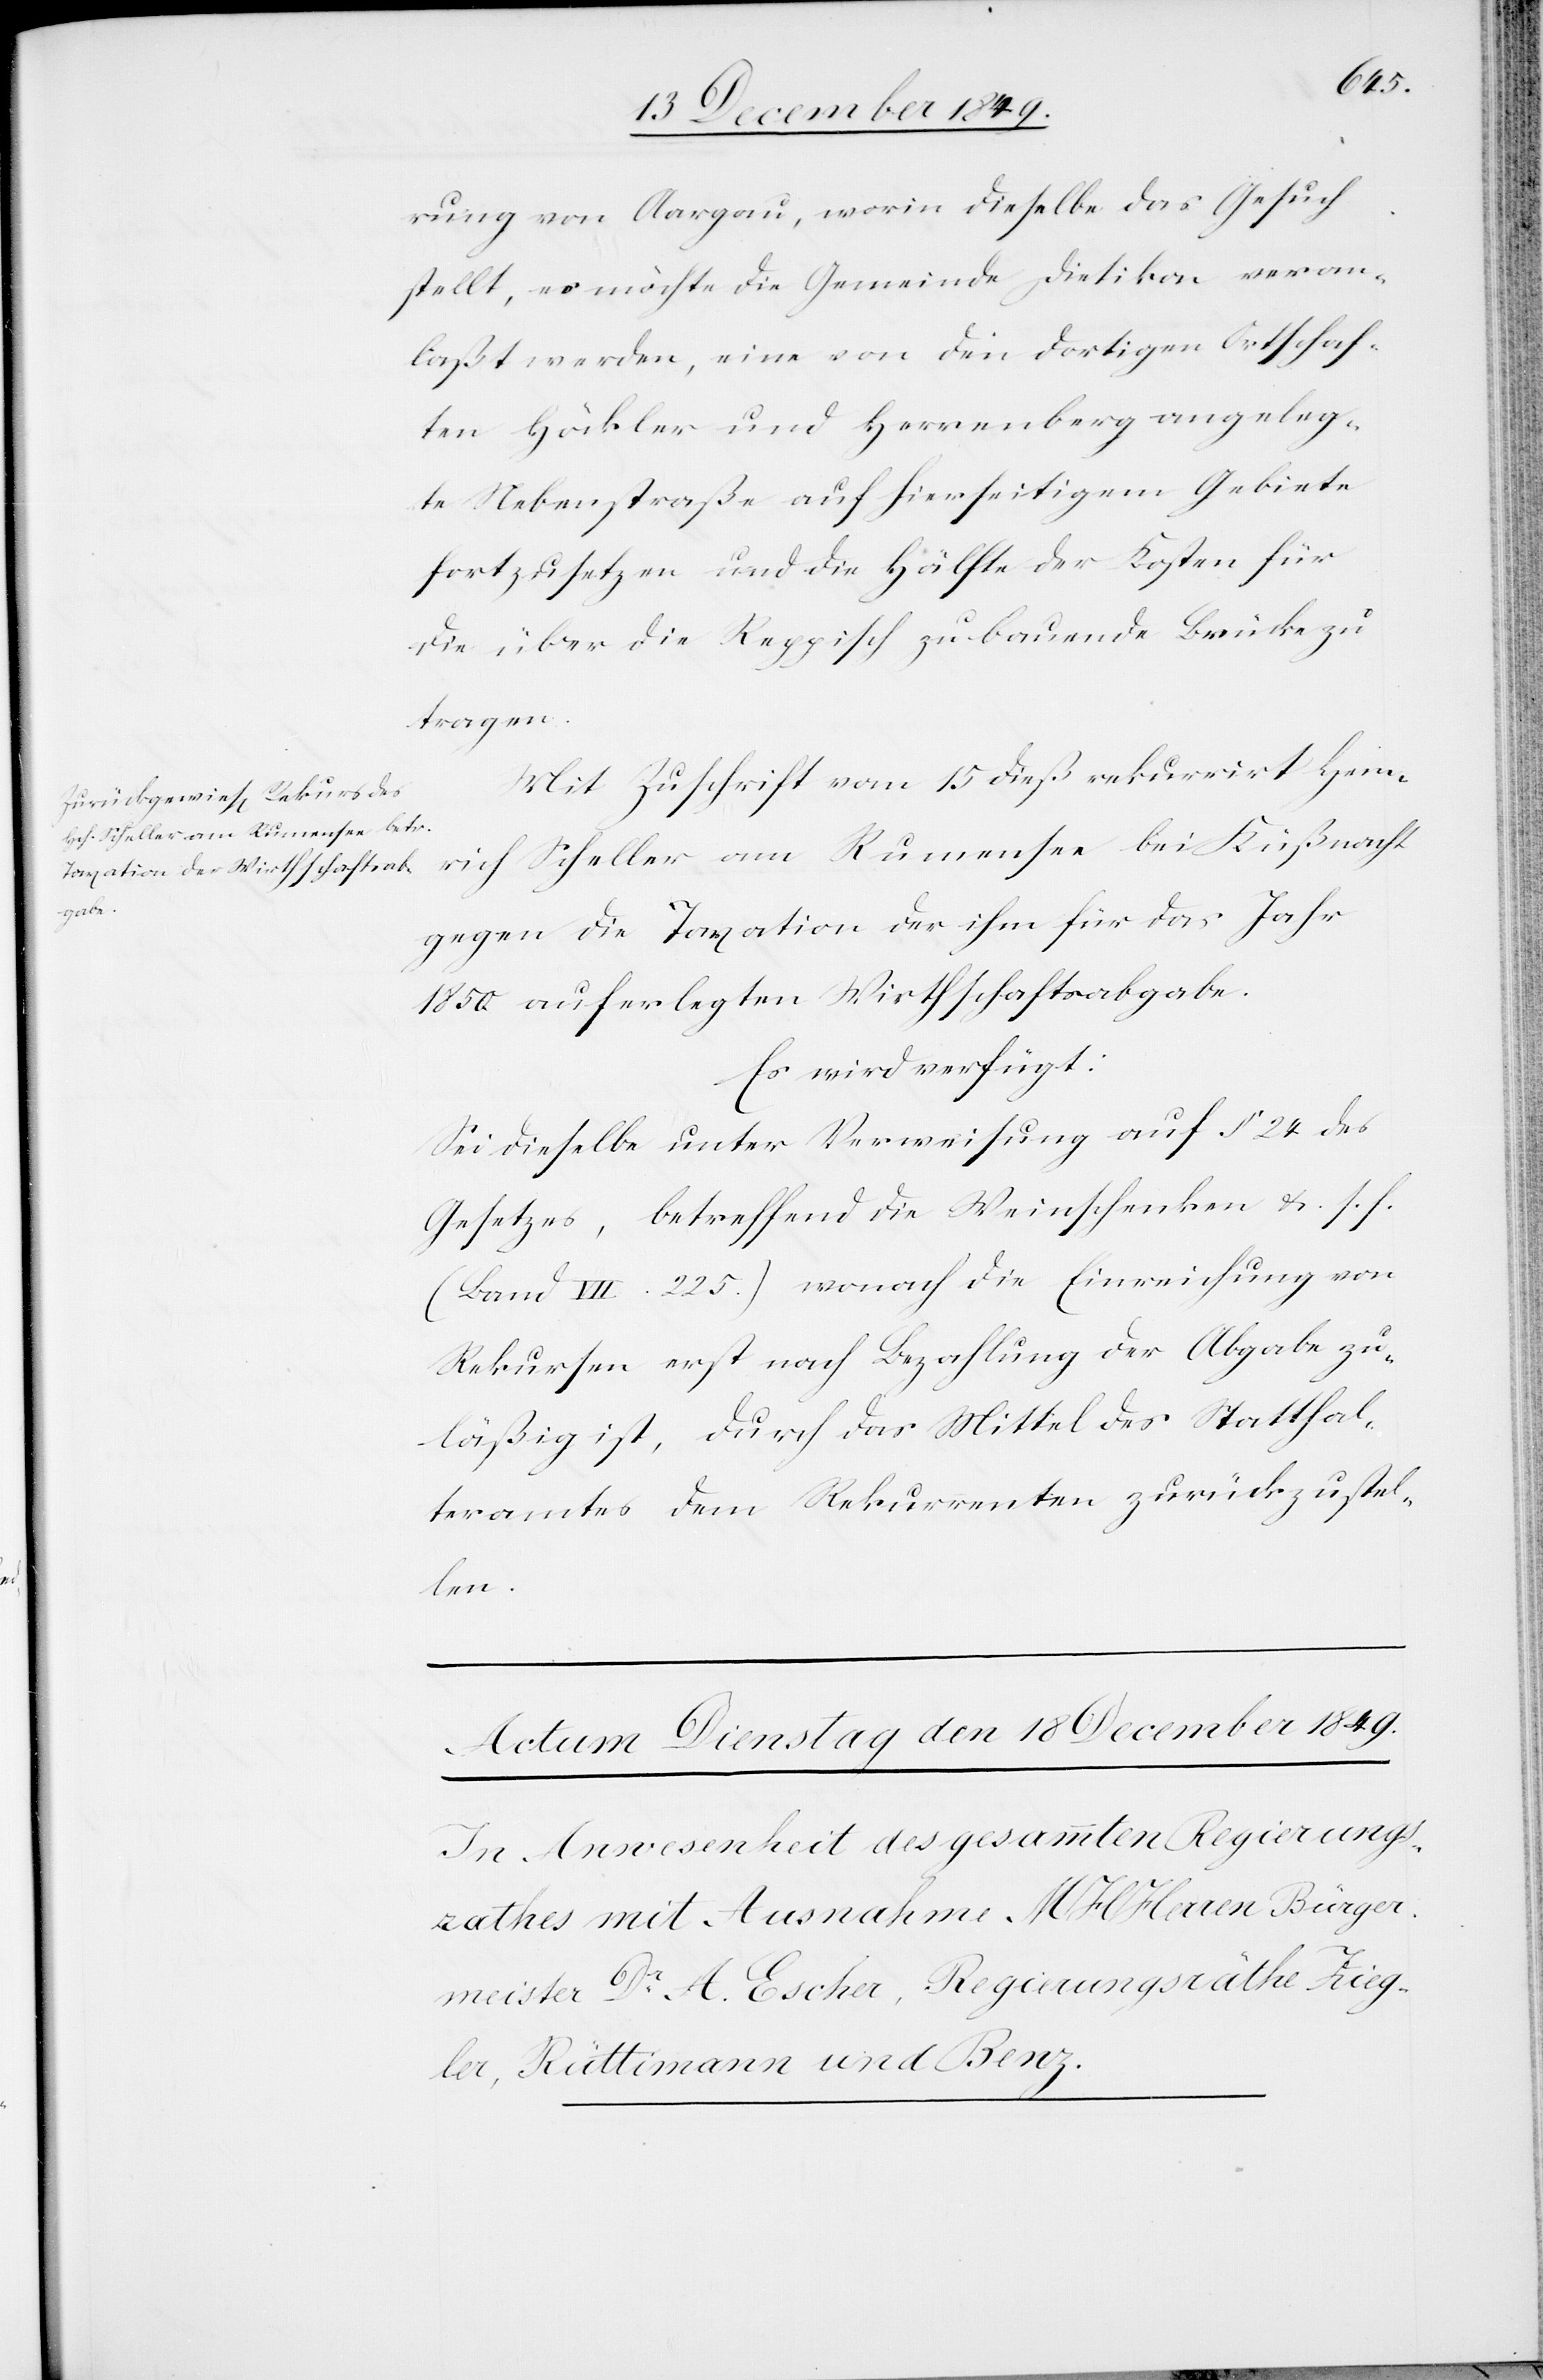
17 December 1849.]
rung von Aargau, worin dieselbe das Gesuch
stellt, es möchte die Gemeinde Dietikon veran¬
laßt werden, eine von den dortigen Ortschaf¬
ten Höckler und Herrenberg angeleg¬
te Nebenstraße auf hierseitigem Gebiete
fortzusetzen und die Hälfte der Kosten für
die über die Reppisch zu bauende Brücke zu
tragen.
Mit Zuschrift vom 15 dieß rekurrirt Hein¬
rich Scheller am Rumensee bei
gegen die Taxation der ihm für das Jahr
1850 auferlegten Wirthschaftsabgabe.
Es wird verfügt:
Sei dieselbe unter Verweisung auf § 24 des
Gesetzes, betreffend die Weinschenken u. s. f.
(Band VII. 225.) wonach die Einreichung von
Rekursen erst nach Bezahlung der Abgabe zu¬
läßig ist, durch das Mittel des Statthal¬
teramtes dem Rekurrenten zurückzustel¬
len.